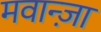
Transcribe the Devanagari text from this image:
मवान्ज़ा